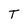
Character: T